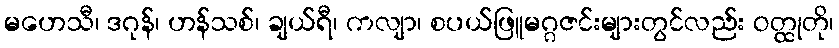
မဟေသီ၊ ဒဂုန်၊ ဟန်သစ်၊ ချယ်ရီ၊ ကလျာ၊ စပယ်ဖြူမဂ္ဂဇင်းများတွင်လည်း ဝတ္ထုတို၊